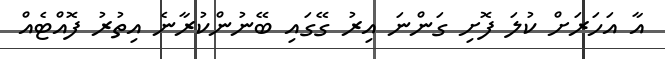
އާ އަހަރަށް ކުލަ ފޮށި ގަންނަ އިރު ގޭގައި ބޭނުންކުރާނެ އިތުރު ފޮއްޓެއް